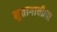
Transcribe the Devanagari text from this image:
मुतागाचीला